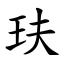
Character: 玞